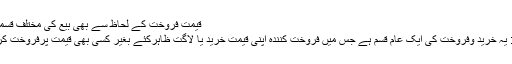
قیمت فروخت کے لحاظ سے بھی بیع کی مختلف قسمیں ہیں :
مُساوَمَة: یہ خرید وفروخت کی ایک عام قسم ہے جس میں فروخت کنندہ اپنی قیمت خرید یا لاگت ظاہرکئے بغیر کسی بھی قیمت پرفروخت کرتا ہے ۔